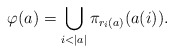
\begin{align*}\varphi(a) = \bigcup_{i<|a|}\pi_{r_i(a)}(a(i)).\end{align*}